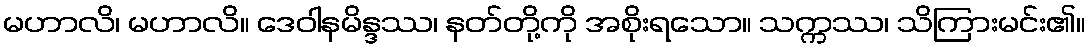
မဟာလိ၊ မဟာလိ။ ဒေဝါနမိန္ဒဿ၊ နတ်တို့ကို အစိုးရသော။ သက္ကဿ၊ သိကြားမင်း၏။